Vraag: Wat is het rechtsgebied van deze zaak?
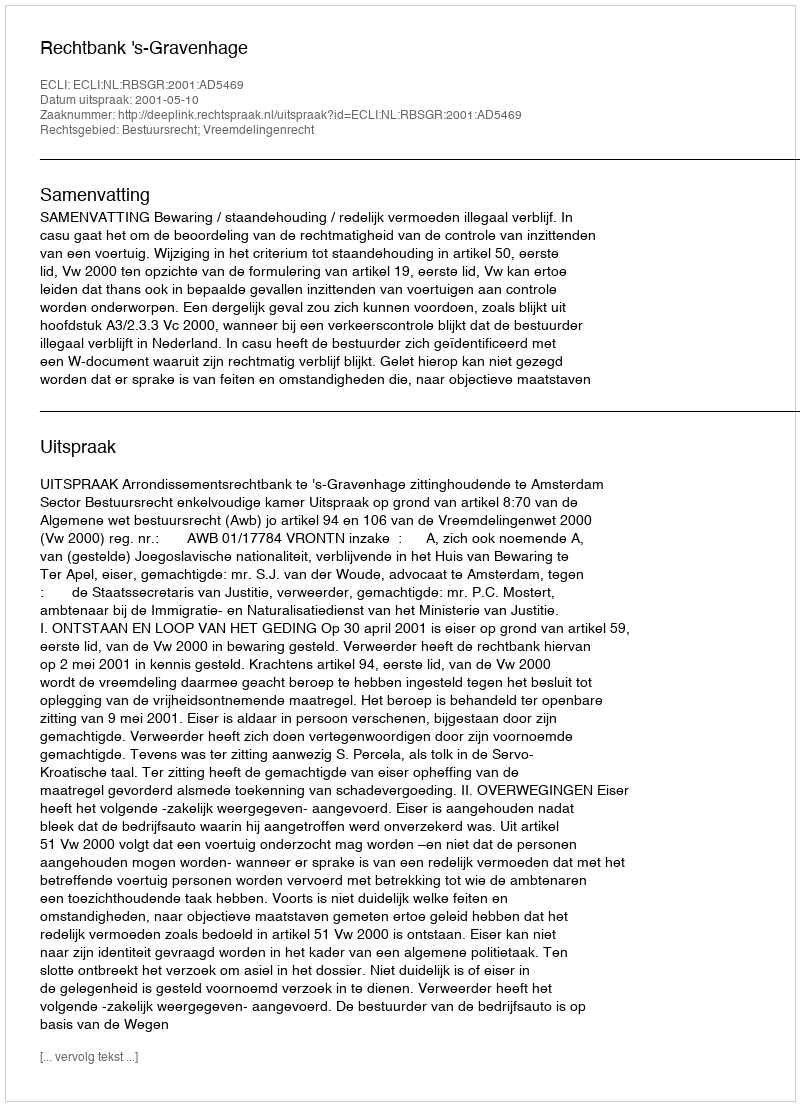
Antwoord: Bestuursrecht; Vreemdelingenrecht